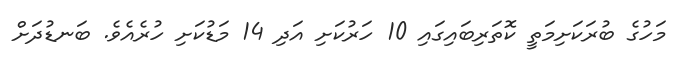
މަހުގެ ބުރަކަށިމަތީ ކޮތަރިބައިގައި 10 ހަރުކަށި އަދި 14 މަޑުކަށި ހުރެއެވެ. ބަނޑުދަށް